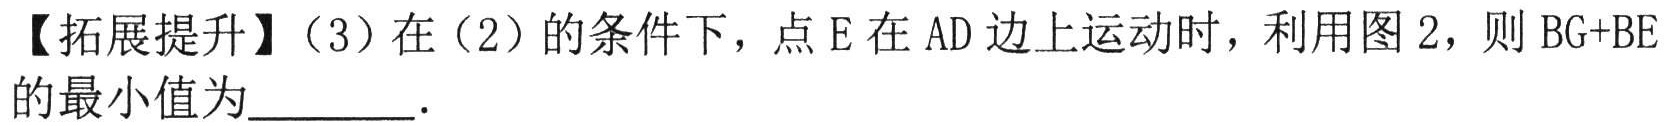
【拓展提升】（3）在（2）的条件下，点\(E\)在\(AD\)边上运动时，利用图2，则\(BG + BE\)的最小值为  ．